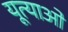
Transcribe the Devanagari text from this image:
यूत्याओ